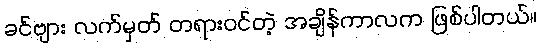
ခင်ဗျား လက်မှတ် တရားဝင်တဲ့ အချိန်ကာလက ဖြစ်ပါတယ်။